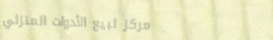
مركز لبيع الأدوات المنزلي